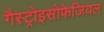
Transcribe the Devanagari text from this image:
गैस्ट्रोइसोफेजियल